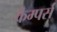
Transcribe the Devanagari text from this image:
कैम्पर्स